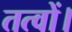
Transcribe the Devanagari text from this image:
तत्वों।